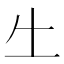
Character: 𠂒